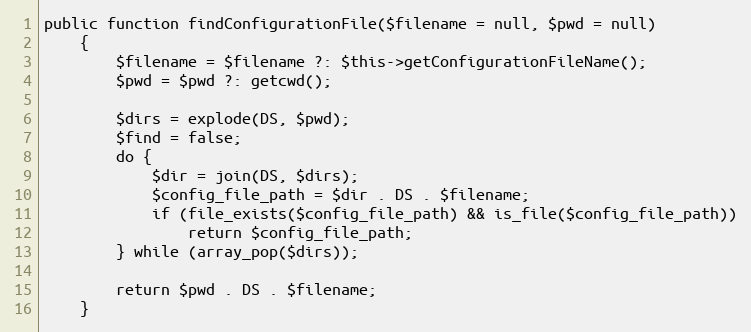
Language: PHP
public function findConfigurationFile($filename = null, $pwd = null)
    {
        $filename = $filename ?: $this->getConfigurationFileName();
        $pwd = $pwd ?: getcwd();

        $dirs = explode(DS, $pwd);
        $find = false;
        do {
            $dir = join(DS, $dirs);
            $config_file_path = $dir . DS . $filename;
            if (file_exists($config_file_path) && is_file($config_file_path))
                return $config_file_path;
        } while (array_pop($dirs));

        return $pwd . DS . $filename;
    }